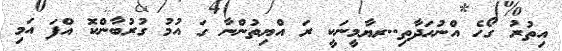
އިތުރު ގޯހެ އްނުހަދާތި..ރޔާމީނަކީ ރަ އްޔިތުންނާ ގަ އުމު ގުރުބާންކޮ އްފަ އަމި